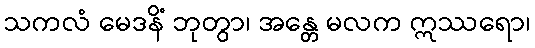
သကလံ မေဒနိံ ဘုတွာ၊ အန္တေ မလက ဣဿရော၊